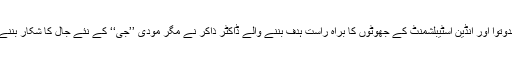
بھارتی وزیر اعظم، بھارتی ہندوتوا اور انڈین اسٹیبلشمنٹ کے جھوٹوں کا براہِ راست ہدف بننے والے ڈاکٹر ذاکر نے مگر مودی ’’جی‘‘ کے نئے جال کا شکار بننے سے صاف انکار کر دیا ہے۔